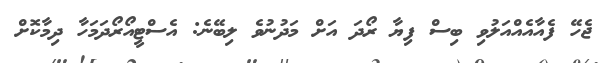
ޖެހޭ ފެއާއެއްއަލުވި ބިސް ފިޔާ ރޯދަ އަށް މަދުނުވެ ލިބޭނެ: އެސްޓީއޯރޯދަމަހާ ދިމާކޮށް